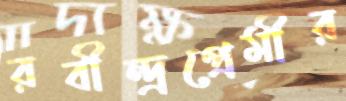
রবীন্দ্রপ্রেমীর